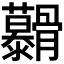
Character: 𮪷